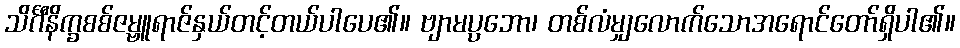
သိင်္ဂီနိက္ခစစ်ဇမ္ဗူရာဇ်နှယ်တင့်တယ်ပါပေ၏။ ဗျာမပ္ပဘော၊ တစ်လံမျှလောက်သောအရောင်တော်ရှိပါ၏။